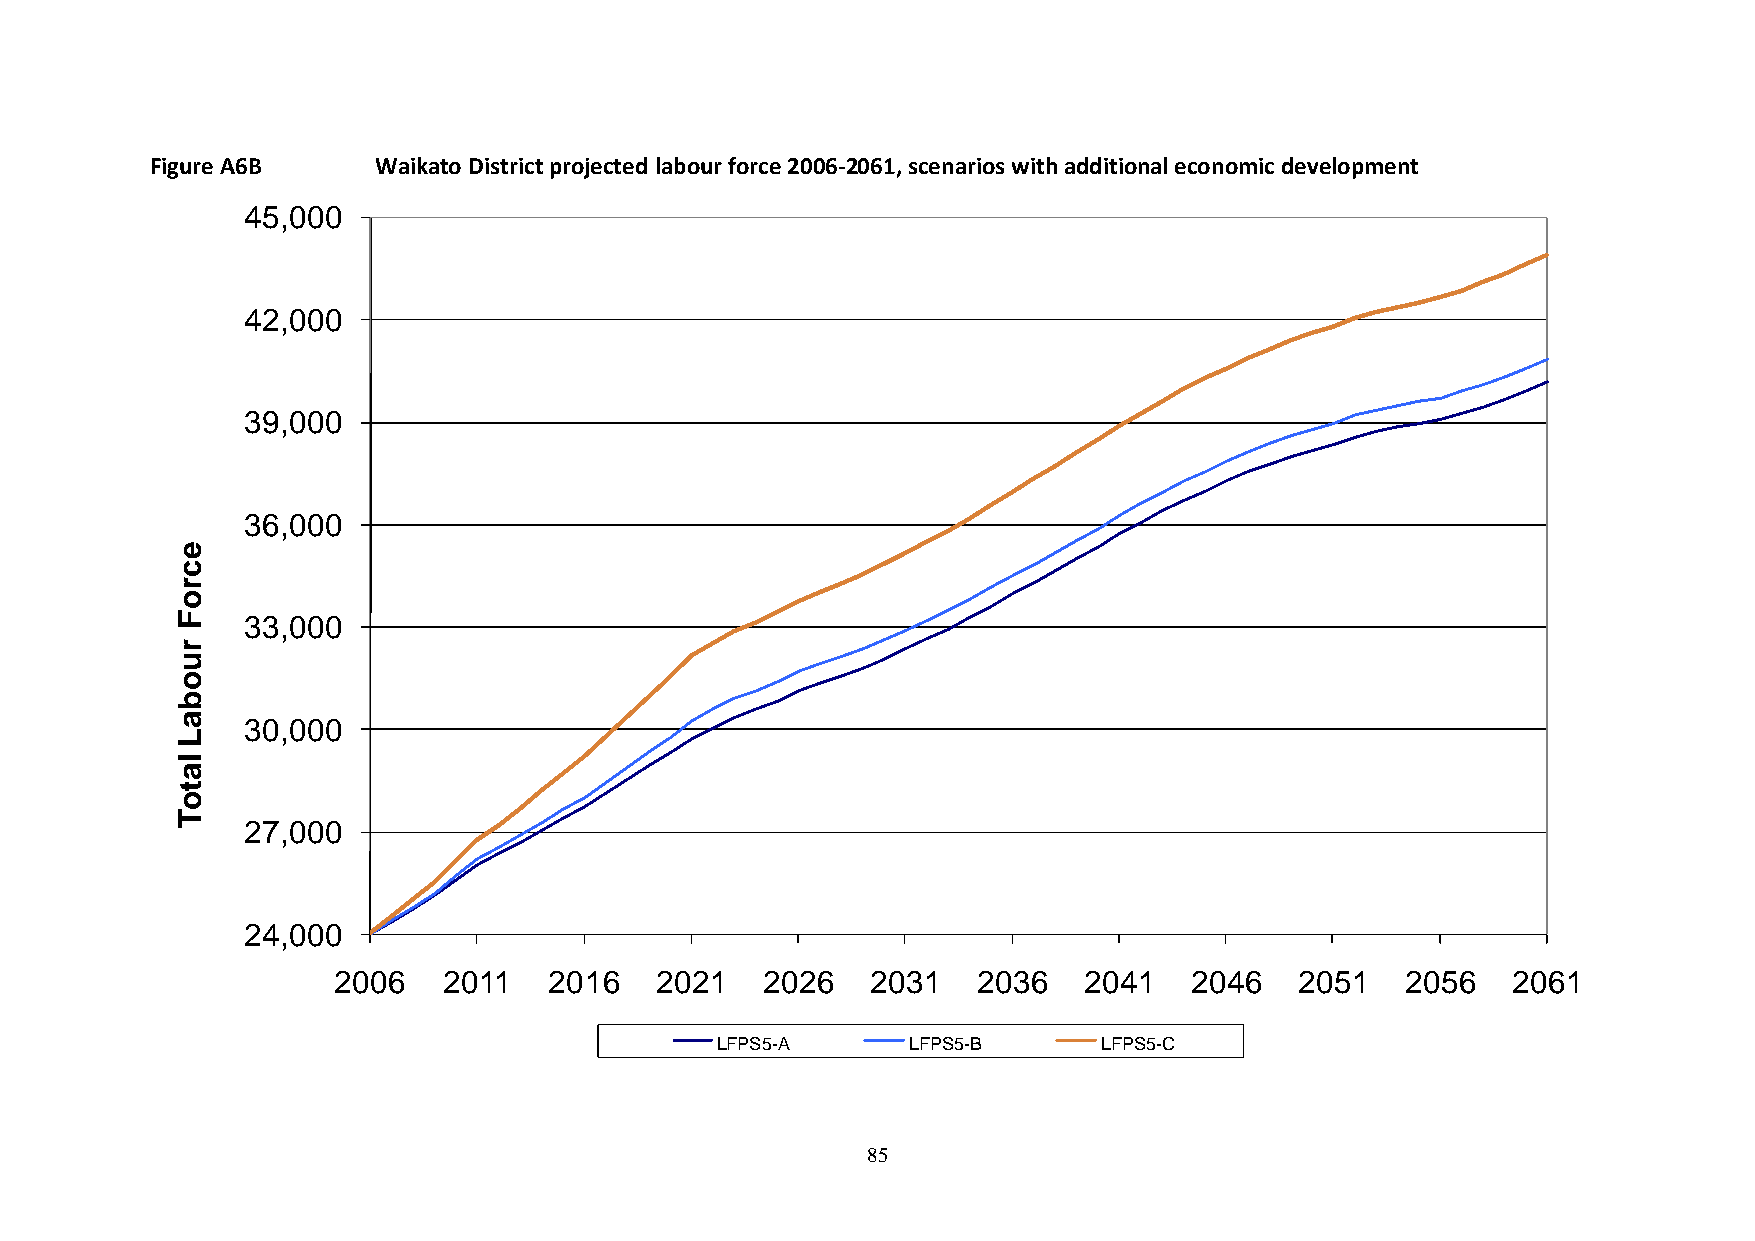
Figure A6B     Waikato District projected labour force 2006-2061, scenarios with additional economic development
 45,000
 42,000
 39,000
 36,000
 e
 c
 r
 o
 F   33,000
 r
 u
 o
 b
 a
 30,000
 L
 l
 a
 t
 o
 T
 27,000
 24,000
 2006   2011   2016   2021   2026    2031   2036   2041   2046   2051   2056   2061
 LFPS5-A      LFPS5-B      LFPS5-C
 85